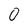
Character: O